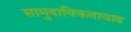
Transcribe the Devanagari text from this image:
सामुदायिकतावाद